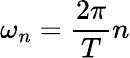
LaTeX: \omega_{n}=\frac{2\pi}{T}n